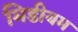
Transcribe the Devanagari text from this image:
मिडीयम